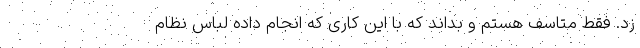
زد. فقط متاسف هستم و بداند که با این کاری که انجام داده لباس نظام